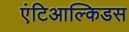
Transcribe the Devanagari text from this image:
एंटिआल्किडस